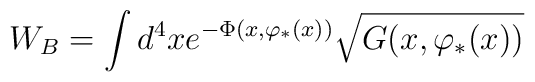
W_{B}=\int d^{4}xe^{-\Phi (x,\varphi _{*}(x))}\sqrt{G(x,\varphi _{*}(x))}